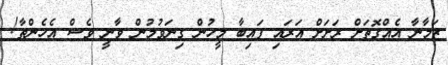
ޒަމާނާ އެއްގޮތަށް ރަށަށް އަރައި ފައިބާ މީހުން ގިނަވުމުން ވާނީ ވެސް އެހެންތާ!